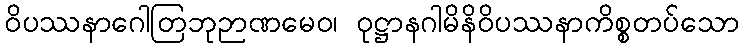
ဝိပဿနာဂေါတြဘုဉာဏမေဝ၊ ဝုဋ္ဌာနဂါမိနိဝိပဿနာကိစ္စတပ်သော